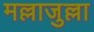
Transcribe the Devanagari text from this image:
मल्लाजुल्ला